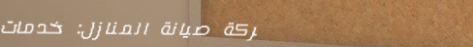
شركة صيانة المنازل: خدمات